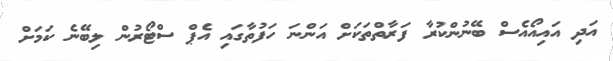
އަދި އައިއޯއެސް ބޭނުންކުރާ ފަރާތްތަކަށް އަންނަ ހަފުތާގައި އެޕް ސްޓޯރުން ލިބޭނެ ކަމަށް